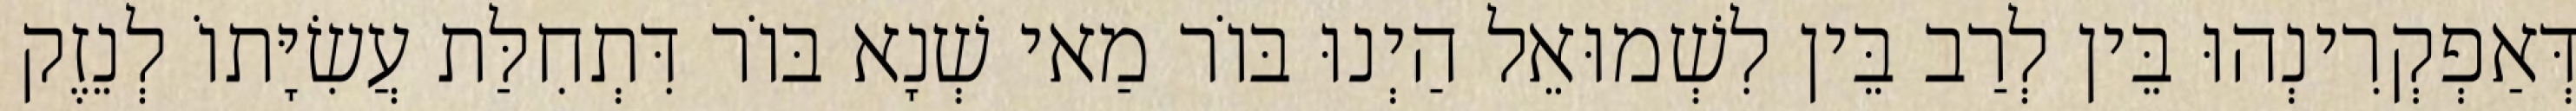
דְּאַפְקְרִינְהוּ בֵּין לְרַב בֵּין לִשְׁמוּאֵל הַיְנוּ בּוֹר מַאי שְׁנָא בּוֹר דִּתְחִלַּת עֲשִׂיָּתוֹ לְנֵזֶק